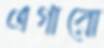
এগারো